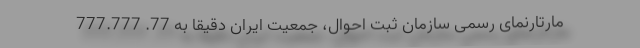
مارتارنمای رسمی سازمان ثبت احوال، جمعیت ایران دقیقاً به 77. 777.777